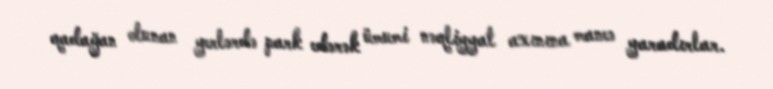
qadağan olunan yerlərdə park edərək ümumi nəqliyyat axınına maneə yaradırlar.